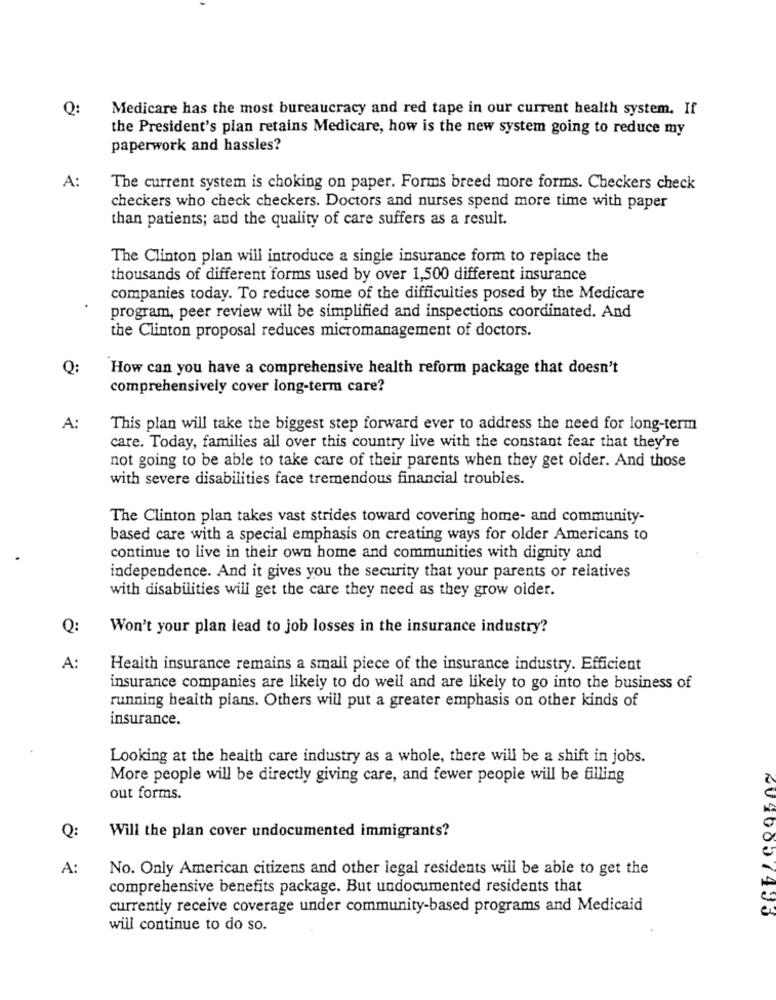
Q:
Medicare has the most bureaucracy and red tape in our current health system. If
the President's pian retains Medicare, how is the new system going to reduce my
paperwork and hassles?
A:
The current system is choking on paper. Forms breed more forms. Checkers check
checkers who check checkers. Doctors and nurses spend more time with paper
than patients; and the quality of care suffers as a result.
The Clinton plan will introduce a single insurance form to replace the
thousands of different forms used by over 1,500 different insurance
companies today. To reduce some of the difficulties posed by the Medicare
program, peer review will be simplified and inspections coordinated. And
the Clinton proposal reduces micromanagement of doctors.
0:
How can you have a comprehensive health reform package that doesn't
comprehensively cover long-term care?
A:
This plan will take the biggest step forward ever to address the need for long-term
care. Today, families all over this country live with the constant fear that they're
not going to be able to take care of their parents when they get older. And those
with severe disabilities face tremendous financial troubles.
The Clinton plan takes vast strides toward covering home- and community-
based care with a special emphasis on creating ways for older Americans to
continue to live in their own home and communities with dignity and
independence. And it gives you the security that your parents or relatives
with disabilities will get the care they need as they grow older.
Q:
Won't your plan lead to job losses in the insurance industry?
A:
Health insurance remains a small piece of the insurance industry. Efficient
insurance companies are likely to do well and are likely to go into the business of
running health plans. Others will put a greater emphasis on other kinds of
insurance.
Looking at the health care industry as a whole, there will be a shift in jobs.
More people will be directly giving care, and fewer people will be filling
out forms.
Q:
Will the plan cover undocumented immigrants?
A:
No. Only American citizens and other legal residents will be able to get the
comprehensive benefits package. But undocumented residents that
e
currently receive coverage under community-based programs and Medicaid
will continue to do so.